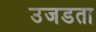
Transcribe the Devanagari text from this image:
उजडता